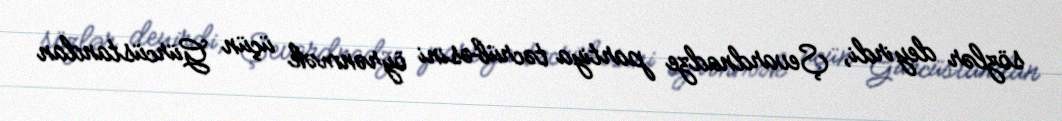
sözlər deyirdi, Şevardnadze partiya təcrübəsini öyrənmək üçün Gürcüstandan